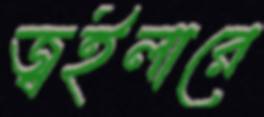
জ্বইলারে